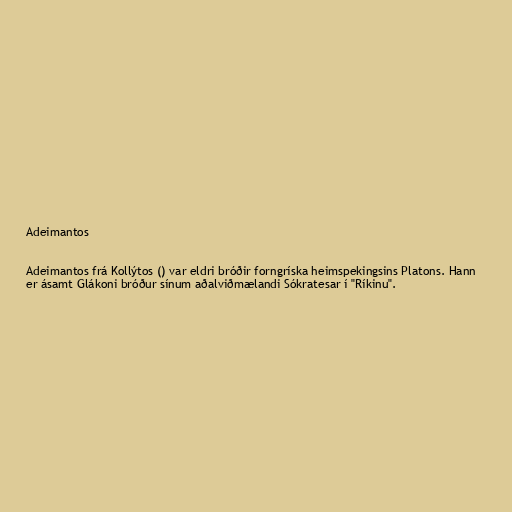
Adeimantos

Adeimantos frá Kollýtos () var eldri bróðir forngríska heimspekingsins Platons. Hann
er ásamt Glákoni bróður sínum aðalviðmælandi Sókratesar í "Ríkinu".